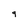
Character: 9